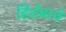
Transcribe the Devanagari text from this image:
हिशेबाचे